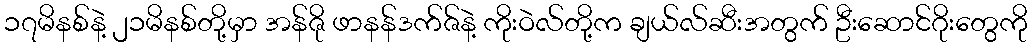
၁၇မိနစ်နဲ့ ၂၁မိနစ်တို့မှာ အန်ဇို ဖာနန်ဒက်ဇ်နဲ့ ကိုးဝဲလ်တို့က ချယ်လ်ဆီးအတွက် ဦးဆောင်ဂိုးတွေကို